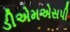
ડીએમએસપી